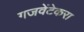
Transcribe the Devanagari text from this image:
गजवेंटेकरा